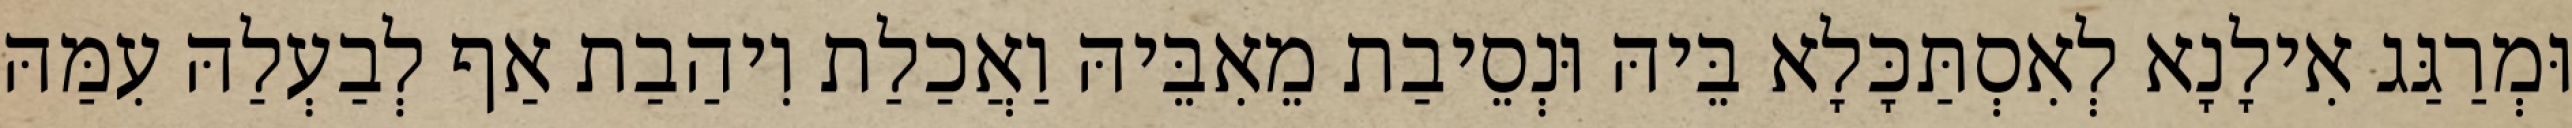
וּמְרַגַּג אִילָנָא לְאִסְתַּכָּלָא בֵּיהּ וּנְסֵיבַת מֵאִבֵּיהּ וַאֲכַלַת וִיהַבַת אַף לְבַעְלַהּ עִמַּהּ